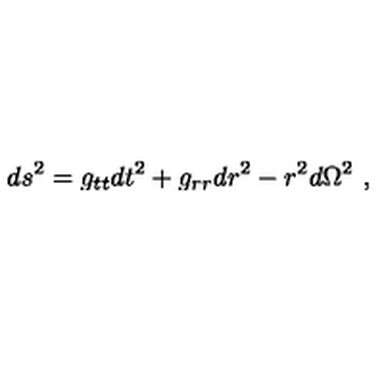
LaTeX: d s ^ { 2 } = g _ { t t } d t ^ { 2 } + g _ { r r } d r ^ { 2 } - r ^ { 2 } d \Omega ^ { 2 } \ ,